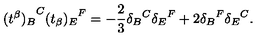
{ ( t ^ { \beta } ) _ { B } } ^ { C } { ( t _ { \beta } ) _ { E } } ^ { F } = - \frac { 2 } { 3 } { \delta _ { B } } ^ { C } { \delta _ { E } } ^ { F } + 2 { \delta _ { B } } ^ { F } { \delta _ { E } } ^ { C } .